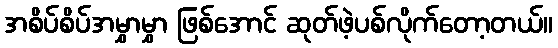
အစိပ်စိပ်အမွှာမွှာ ဖြစ်အောင် ဆုတ်ဖဲ့ပစ်လိုက်တော့တယ်။